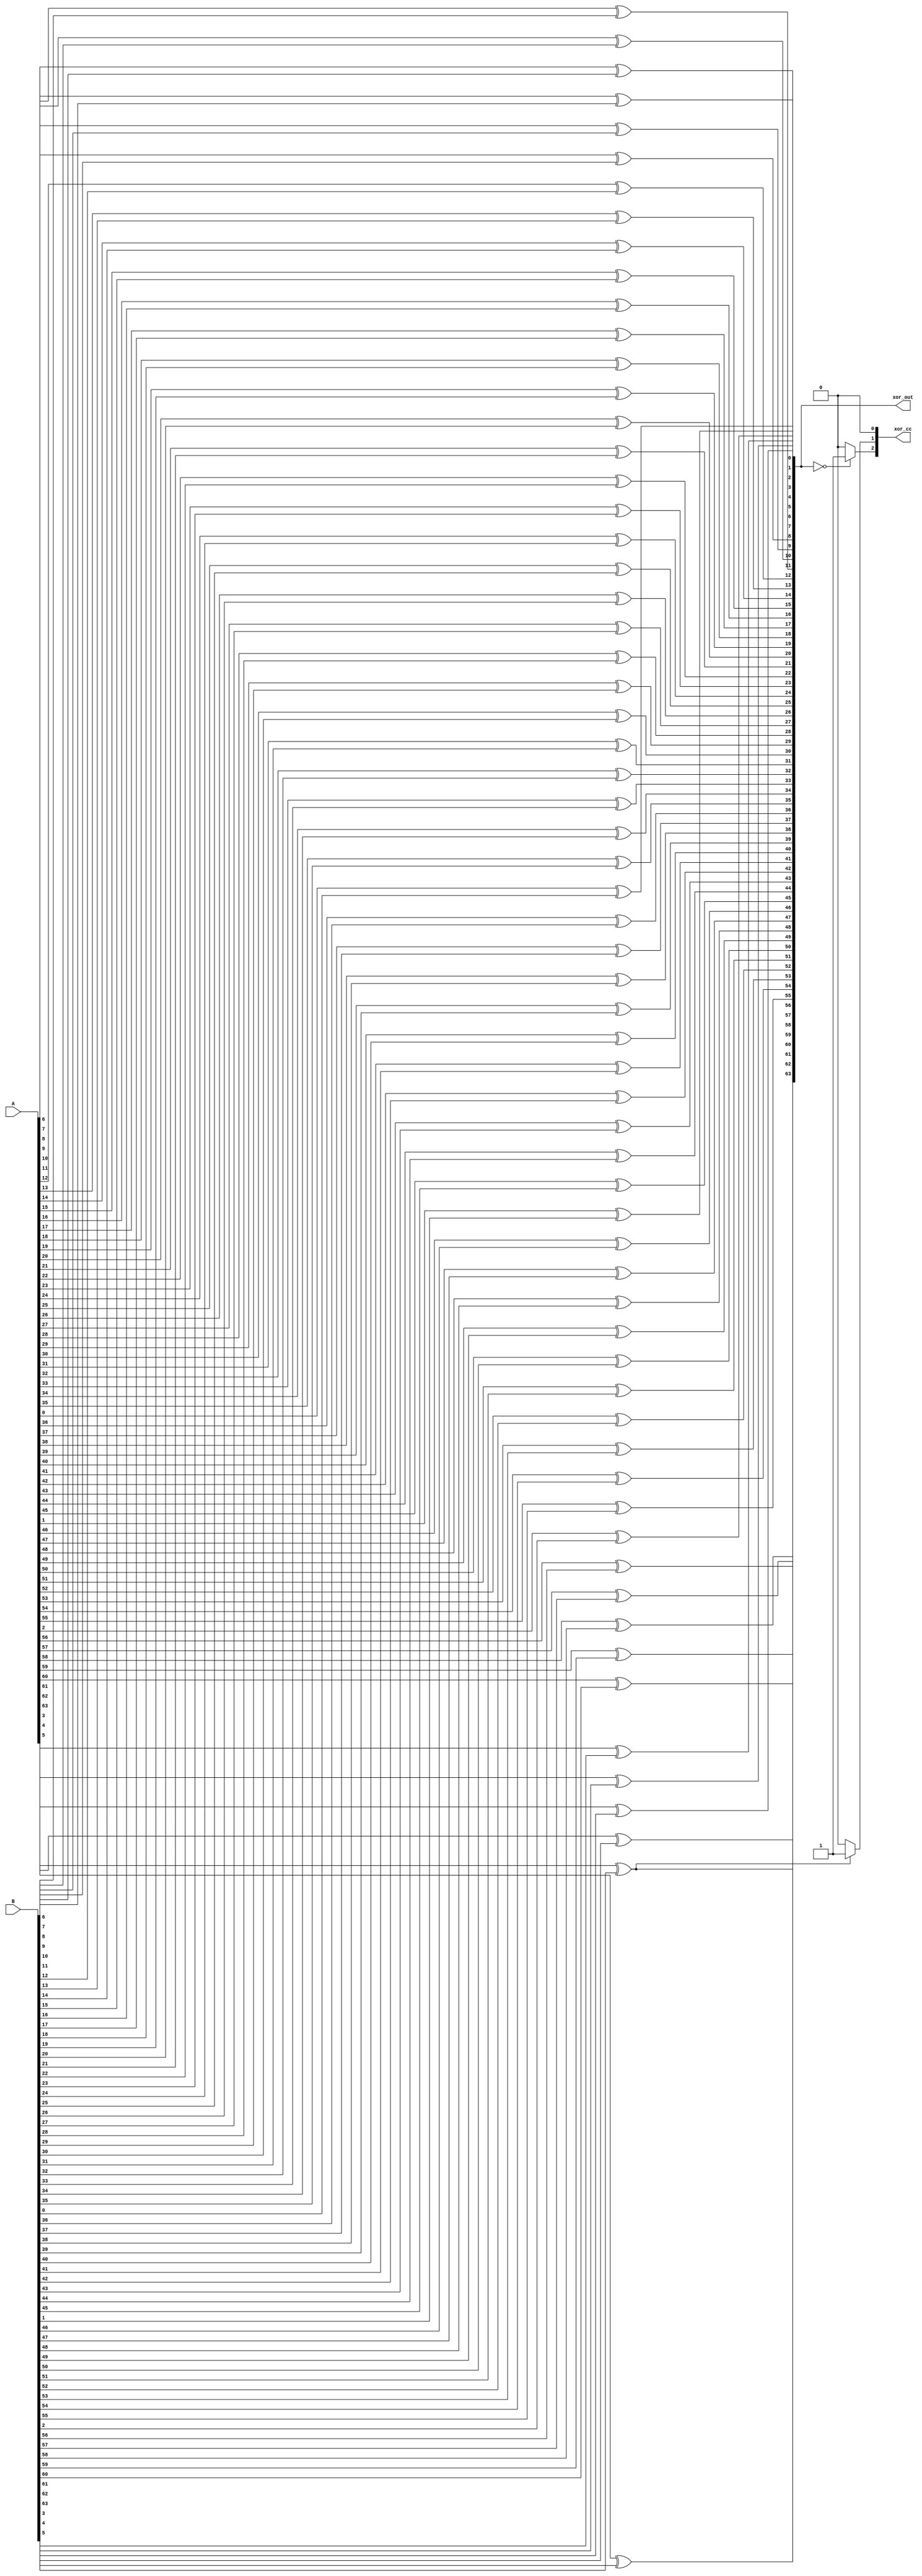
module xorgate(xor_out,A,B, xor_cc);

  input signed [63:0] A;    
  input signed [63:0] B;
  output signed [63:0] xor_out;
  output reg[0:2] xor_cc;
  genvar i;
    generate
        for(i=0;i<64;i=i+1)
        begin
            xor A1(xor_out[i],A[i],B[i]);
        end
    endgenerate

    always @(*)begin
        if(xor_out == 64'b0)begin
            xor_cc[0] = 1'b1;
        end else begin
            xor_cc[0] = 1'b0;
        end

        if(xor_out[63] == 1'b1)begin
            xor_cc[1] = 1'b1;
        end else begin
            xor_cc[1] = 1'b0;
        end

        xor_cc[2] = 1'b0;
    end
endmodule